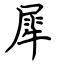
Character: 犀